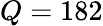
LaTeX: Q=182